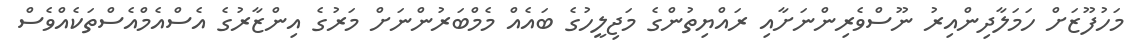
މަހުފޫޒަށް ހަމަލާދިންއިރު ނޫސްވެރިންނަށާއި ރައްޔިތުންގެ މަޖިލީހުގެ ބައެއް މެމްބަރުންނަށް މަރުގެ އިންޒާރުގެ އެސްއެމްއެސްތަކެއްވެސް